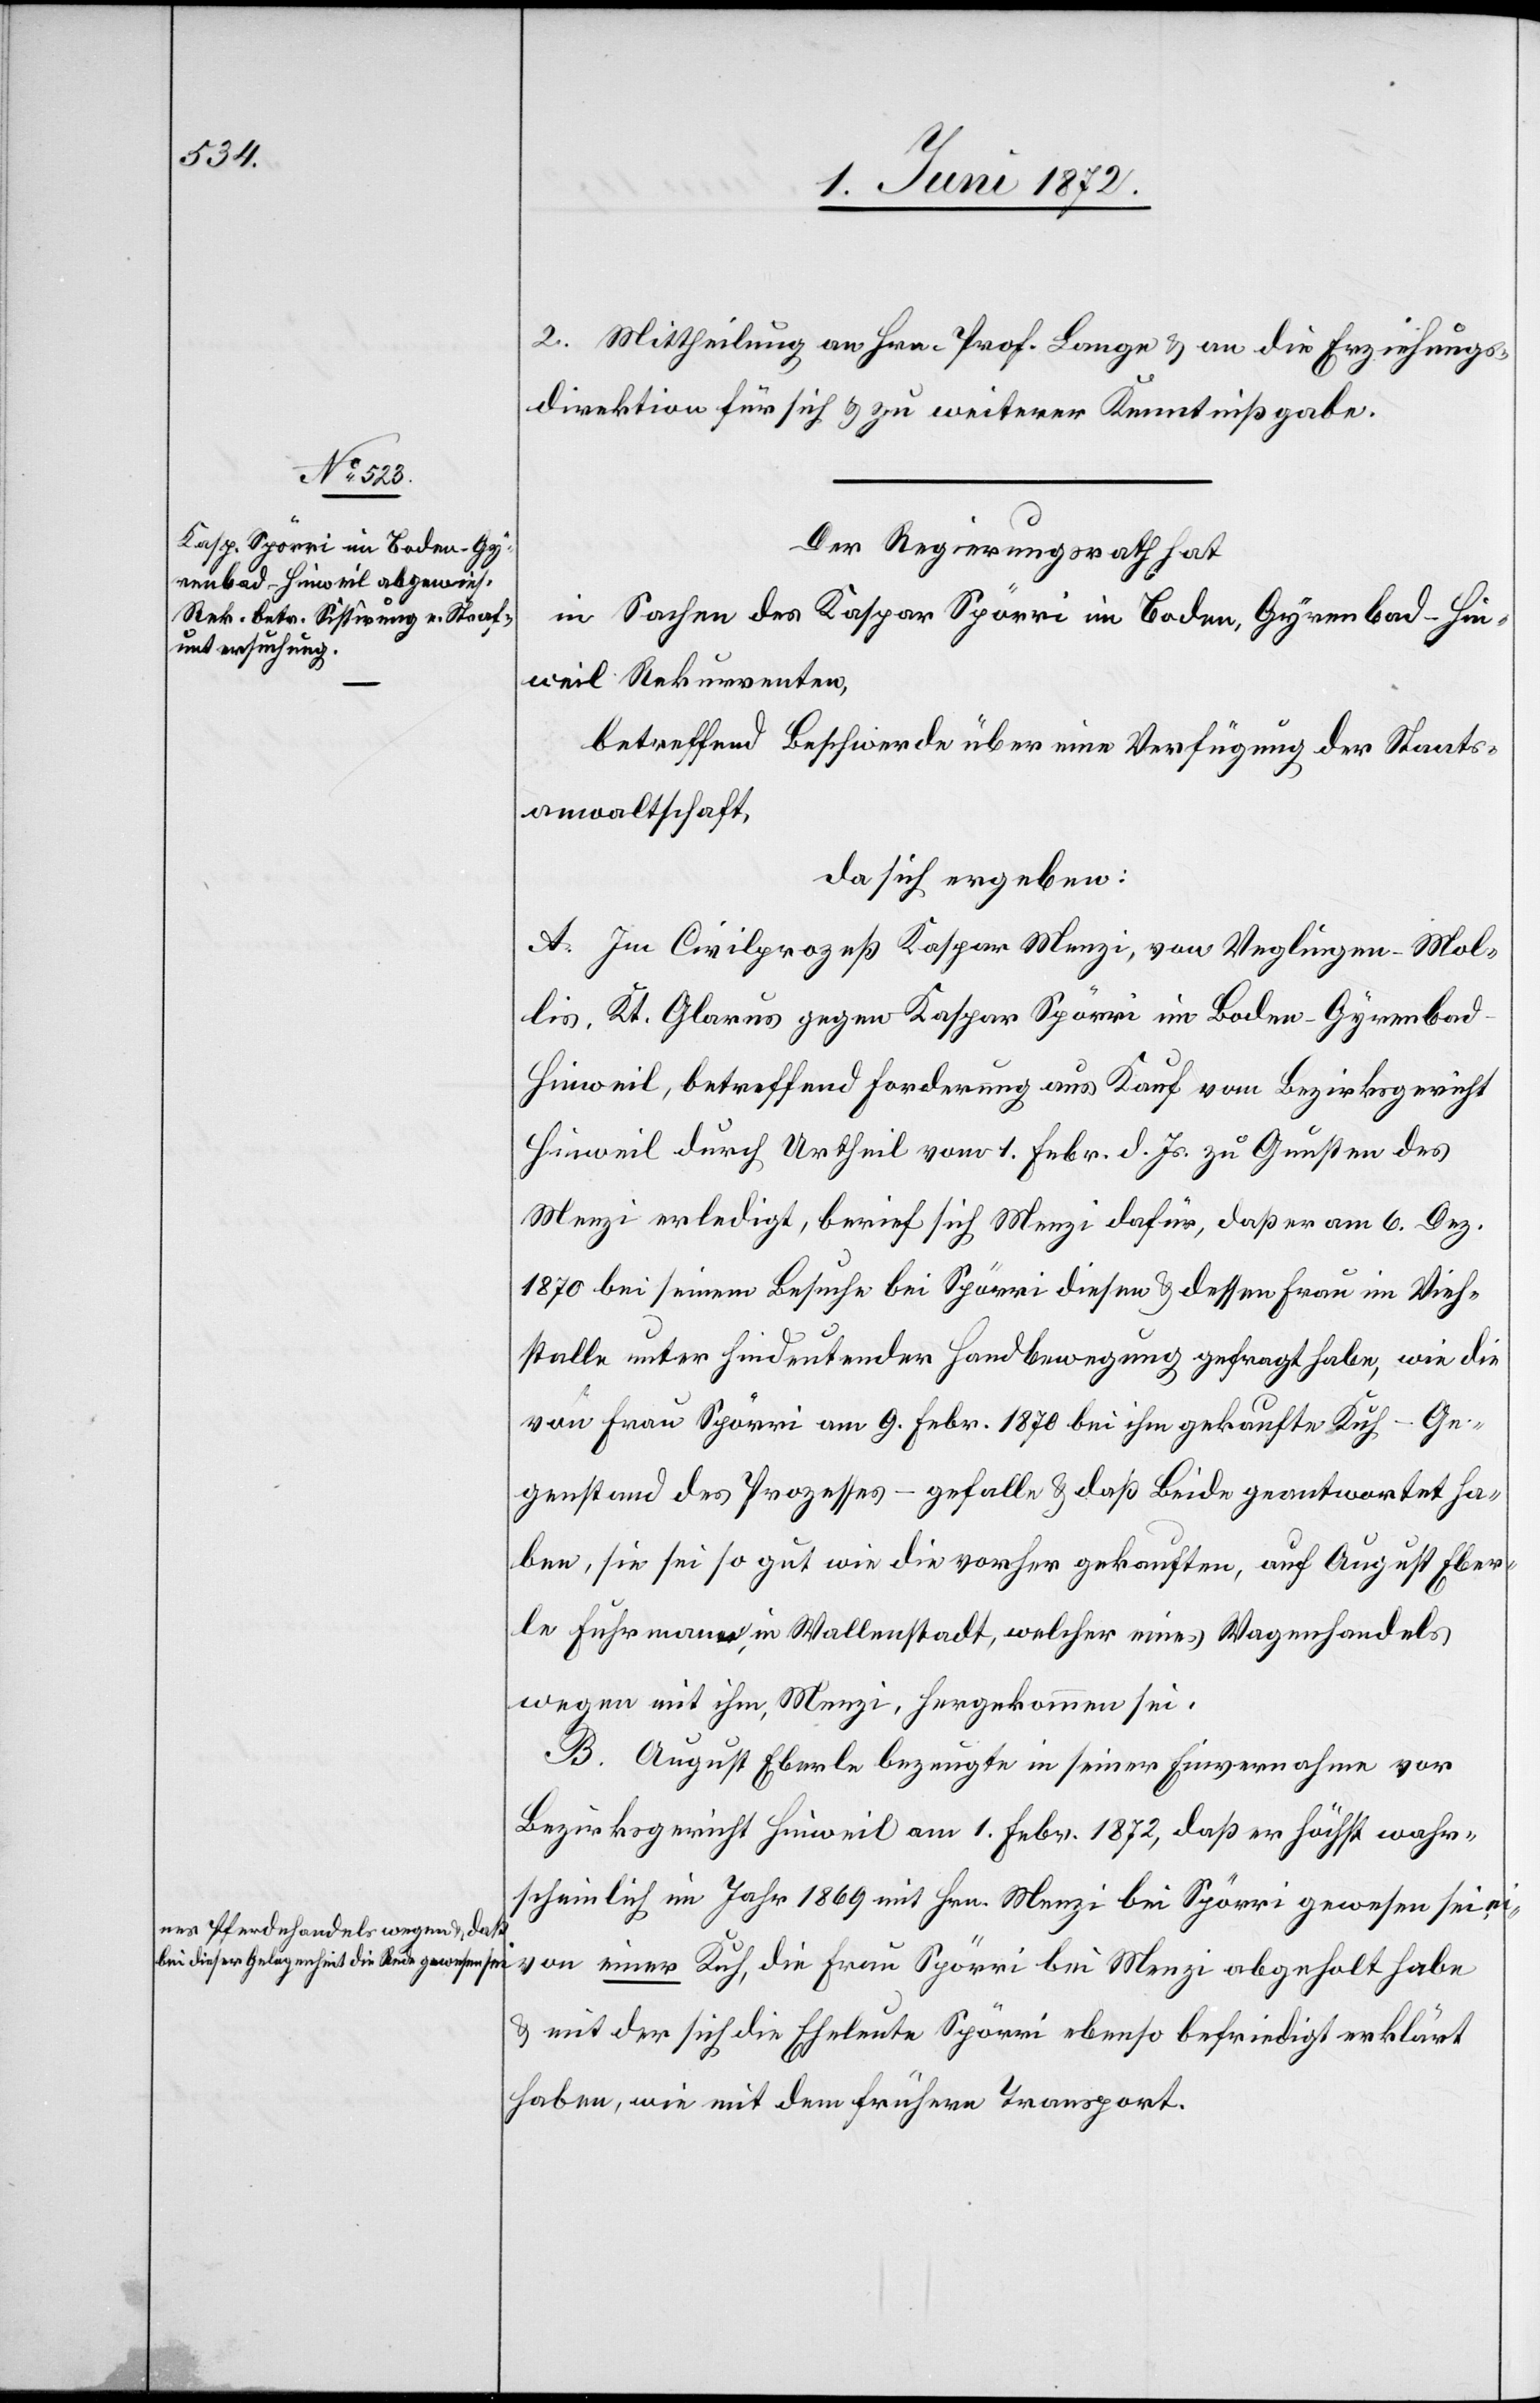
ines Pferdehandels wegen u. daß
bei dieser Gelegenheit die Rede gewesen sei

2. Mittheilung an Hrn. Prof. Lange u. an die Erziehungs¬
direktion für sich u. zu weiterer Kenntnißgabe.
Der Regierungsrath hat
in Sachen des Kaspar Spörri im Boden, Gyrenbad - Hin¬
weil[,] Rekurrenten,
betreffend Beschwerde über eine Verfügung der Staats¬
anwaltschaft,
da sich ergeben:
A. Im Civilprozeß Kaspar Menzi, von Veglingen, Mol¬
lis, Kt. Glarus gegen Kaspar Spörri im Boden-Gyrenba¬
d-Hinweil, betreffend Forderung aus Kauf vom Bezirksgericht
Hinweil durch Urtheil vom 1. Febr. d. Js. zu Gunsten des
Menzi erledigt, berief sich Menzi dafür, daß er am 6. Dez.
1870 bei seinem Besuche bei Spörri diesen u. dessen Frau im Vieh¬
stalle unter hindeutender Handbewegung gefragt habe, wie die
von Frau Spörri am 9. Febr. 1870 bei ihm gekaufte Kuh – Ge¬
genstand des Prozesses – gefalle u. daß Beide geantwortet ha¬
ben, sie sei so gut wie die vorher gekauften, auf August Eber¬
le Fuhrmann in Wallenstadt, welcher eines Wagenhandels
wegen mit ihm, Menzi, hergekommen sei.
B. August Eberle bezeugte in seiner Einvernahme vor
Bezirksgericht Hinweil am 1. Febr. 1872, daß er höchst wahr¬
scheinlich im Jahr 1869 mit Hrn. Menzi bei Spörri gewesen sei, e¬
von einer Kuh, die Frau Spörri bei Menzi abgeholt habe
u. mit der sich die Eheleute Spörri ebenso befriedigt erklärt
haben, wie mit dem frühern Transport.